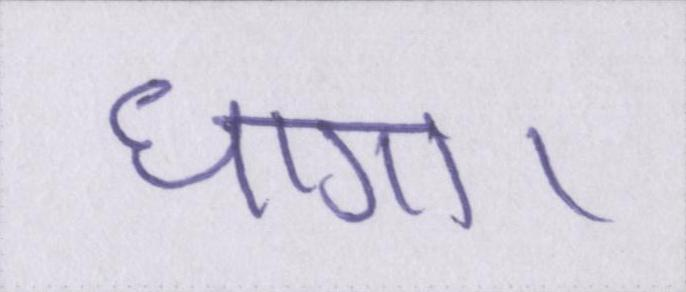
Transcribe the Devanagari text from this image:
धागा।